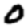
Digit: 0